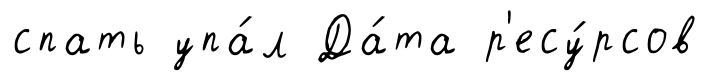
спать упа́л Да́та р'есу́рсов